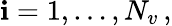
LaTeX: \mathbf{i}=1,\dots,N_{v}\, ,